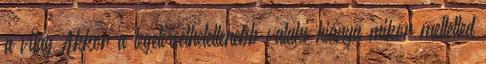
a világ Akkor a legelviselhetetlenebb valaki hiánya mikor melletted